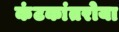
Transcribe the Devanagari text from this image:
कंटकांतरोया